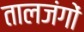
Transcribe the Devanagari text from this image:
तालजंगों